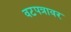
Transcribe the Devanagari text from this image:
वटपत्रावर